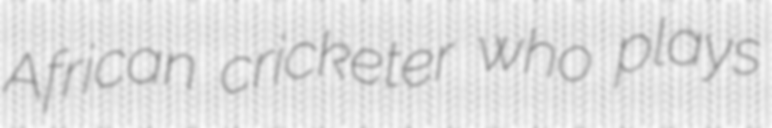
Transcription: African cricketer who plays